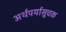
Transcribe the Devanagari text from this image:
अर्थपर्यासूचक